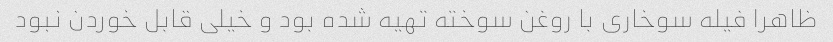
ظاهرا فیله سوخاری با روغن سوخته تهیه شده بود و خیلی قابل خوردن نبود